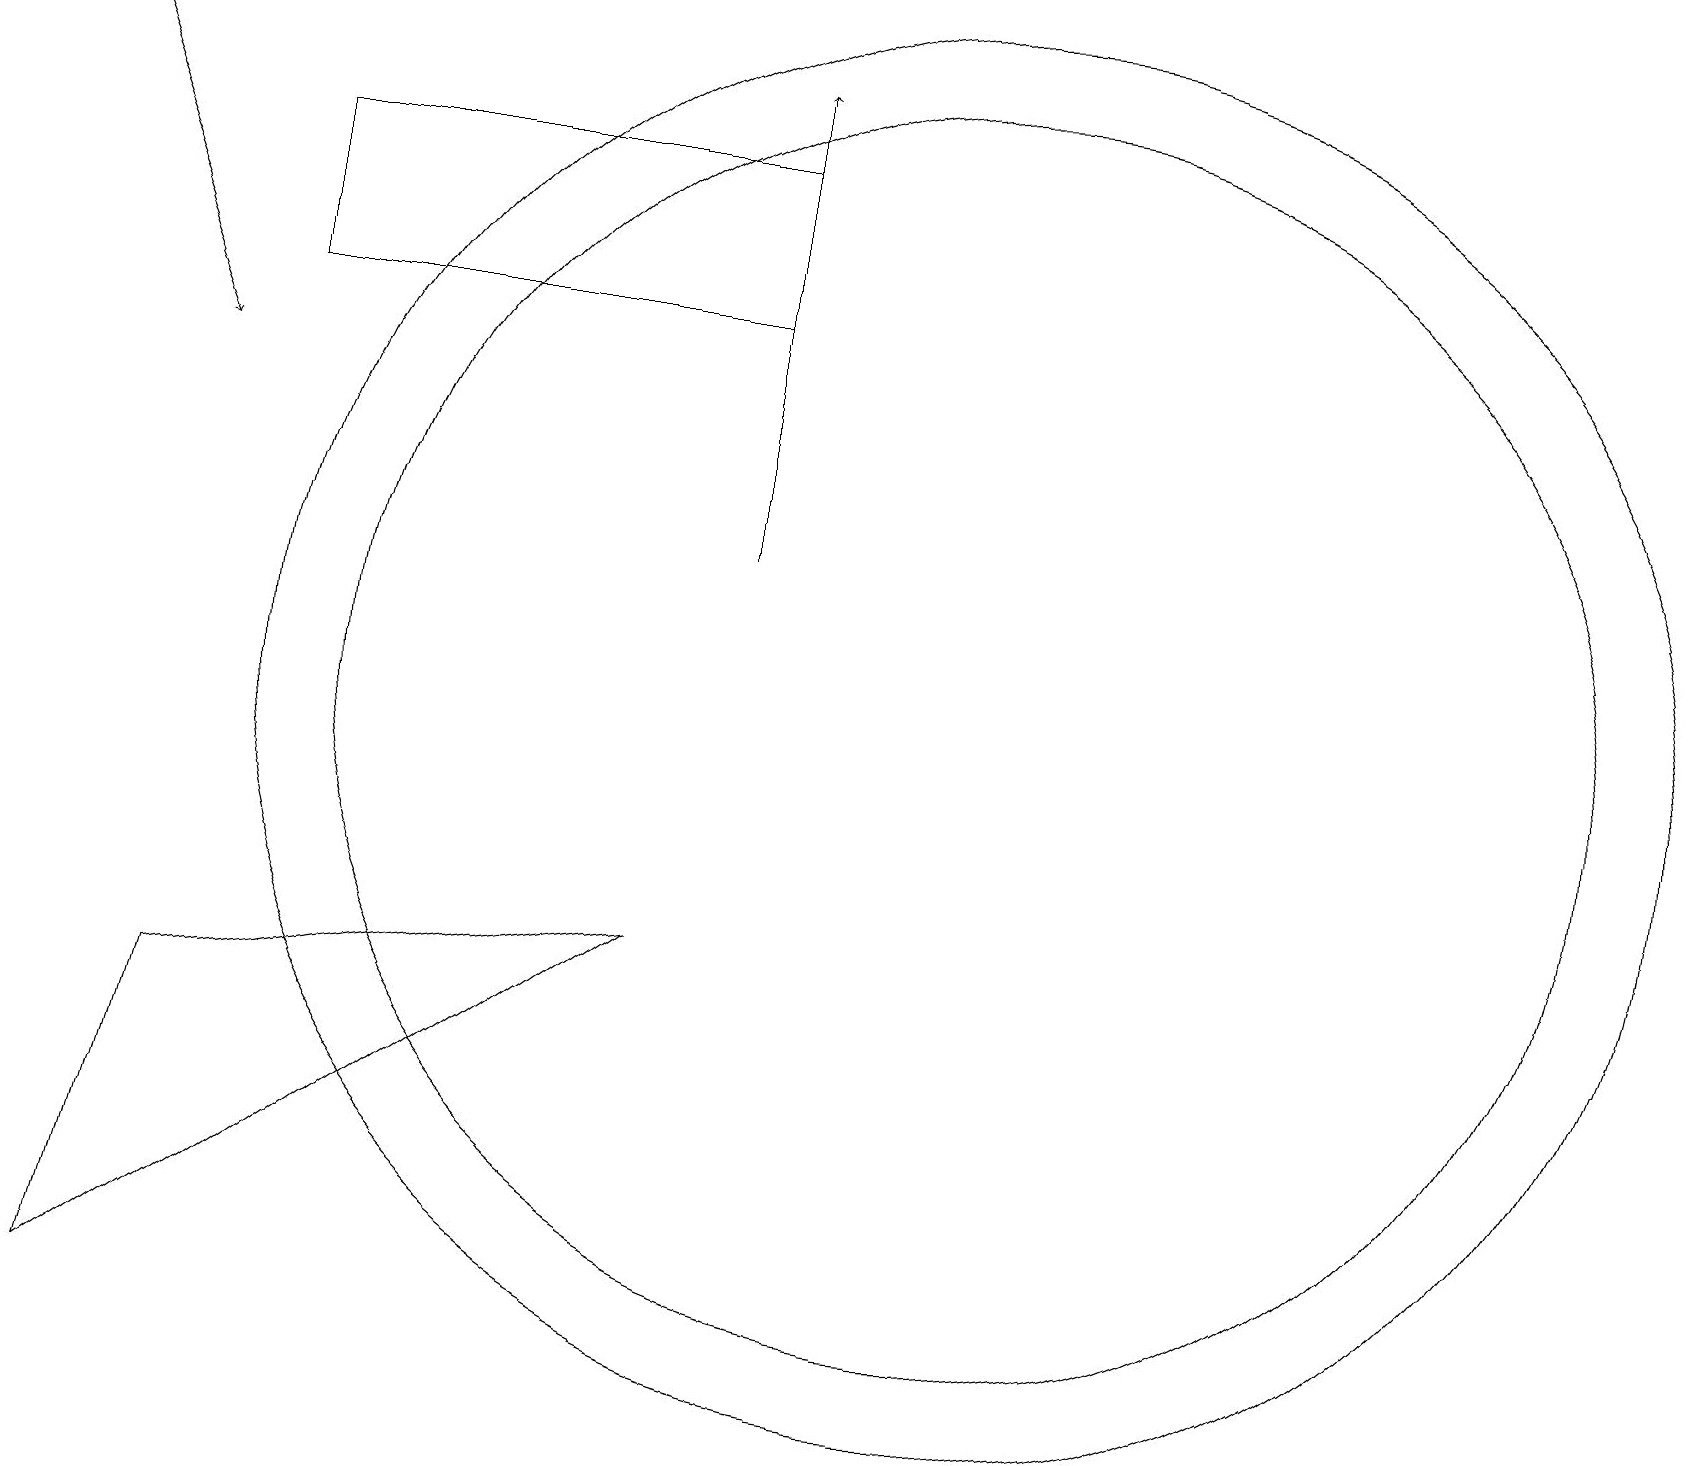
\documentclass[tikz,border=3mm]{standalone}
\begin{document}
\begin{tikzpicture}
\draw[->] (9,12) -- (9,18);
\draw (10,10) circle (0);
\draw (12,10) circle (9);
\draw (1,2) -- (2,6) -- (8,7) -- cycle;
\draw (3,15) rectangle (9,17);
\draw[->] (0,19) -- (2,14);
\draw (10,12) circle (0);
\draw (12,10) circle (8);
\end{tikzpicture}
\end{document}